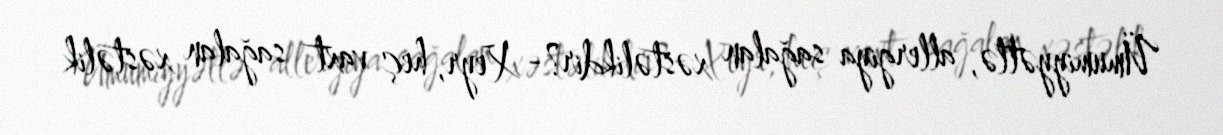
Ümumiyyətlə, allergiya sağalan xəstəlikdir?- Xeyr, heç vaxt sağalan xəstəlik